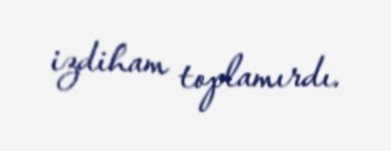
izdiham toplamırdı.